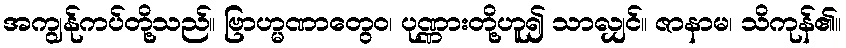
အကျွန်ုကပ်တို့သည်။ ဗြာဟ္မဏာတွေဝ၊ ပုဏ္ဏားတို့ဟူ၍ သာလျှင်။ ဇာနာမ၊ သိကုန်၏။